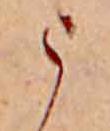
う